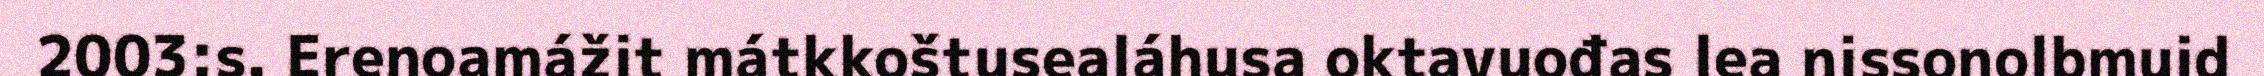
2003:s. Erenoamážit mátkkoštusealáhusa oktavuođas lea nissonolbmuid